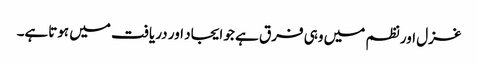
غزل اور نظم میں وہی فرق ہے جو ایجاد اور دریافت میں ہوتاہے۔